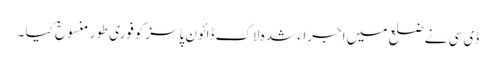
ڈی سی نے ضلع میں اجراء شدہ لاک ڈائون پاسزکوفوری طور منسوخ کیا ۔